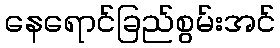
နေရောင်ခြည်စွမ်းအင်